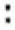
: